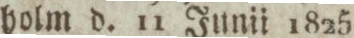
holm d. 11 Junii 1825.